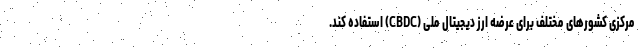
مرکزی کشورهای مختلف برای عرضه ارز دیجیتال ملی (CBDC) استفاده کند.